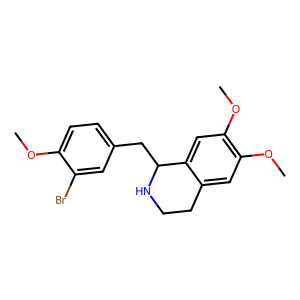
SMILES: COc1ccc(CC2NCCc3cc(OC)c(OC)cc32)cc1Br
Inhibits HIV replication: No